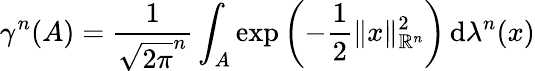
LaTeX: \gamma^{n}(A)={\frac{1}{{\sqrt{2\pi}}^{n}}}\int_{A}\exp\left(-{\frac{1}{2}}\| x\| _{\mathbb{R}^{n}}^{2}\right)\, \mathrm{d}\lambda^{n}(x)